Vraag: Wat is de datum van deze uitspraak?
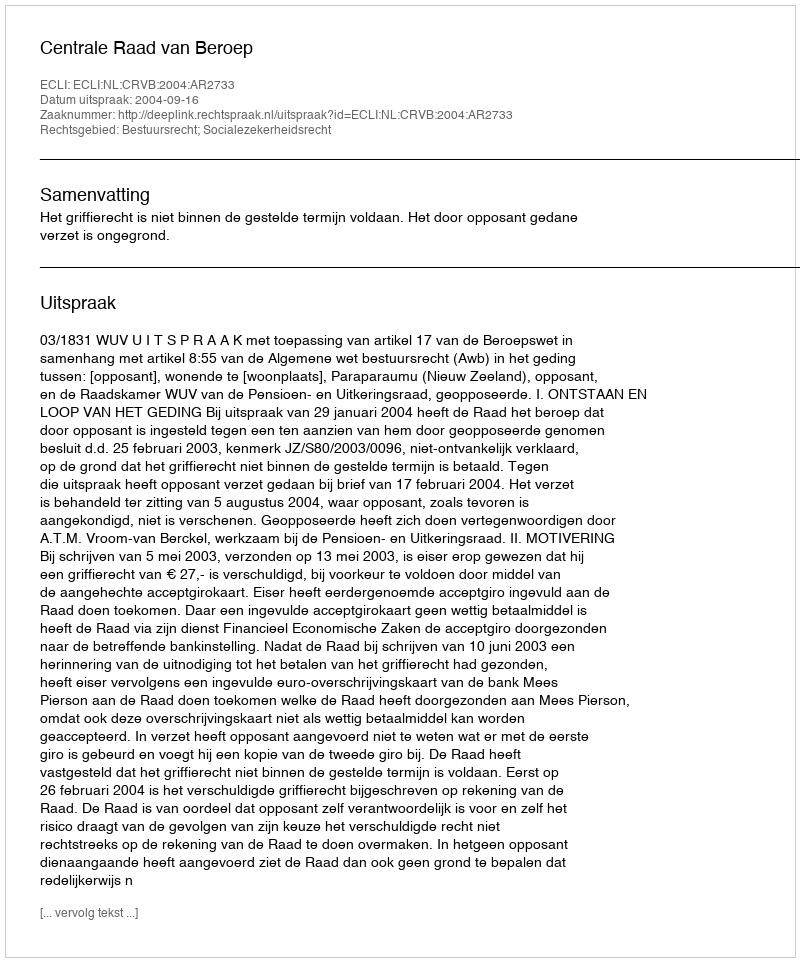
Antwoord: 2004-09-16